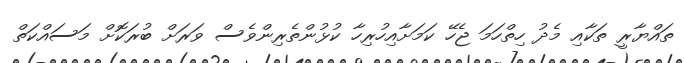
ތައްޔާރީ ތަކާއި މެދު ހިތްހަމަ ޖެހޭ ކަމަށާއިހުރިހާ ކުޅުންތެރިންވެސް ވަރަށް ބުރަކޮށް މަސައްކަތް